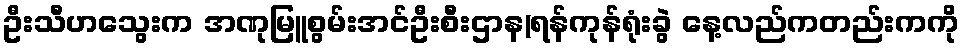
ဦးသီဟသွေးက အဏုမြူစွမ်းအင်ဦးစီးဌာန(ရန်ကုန်ရုံးခွဲ နေ့လည်ကတည်းကကို